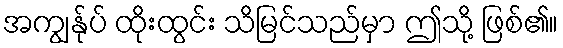
အကျွန်ုပ် ထိုးထွင်း သိမြင်သည်မှာ ဤသို့ ဖြစ်၏။